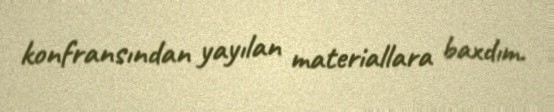
konfransından yayılan materiallara baxdım.